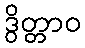
ဒွိတ္တာဝ